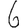
Digit: 6